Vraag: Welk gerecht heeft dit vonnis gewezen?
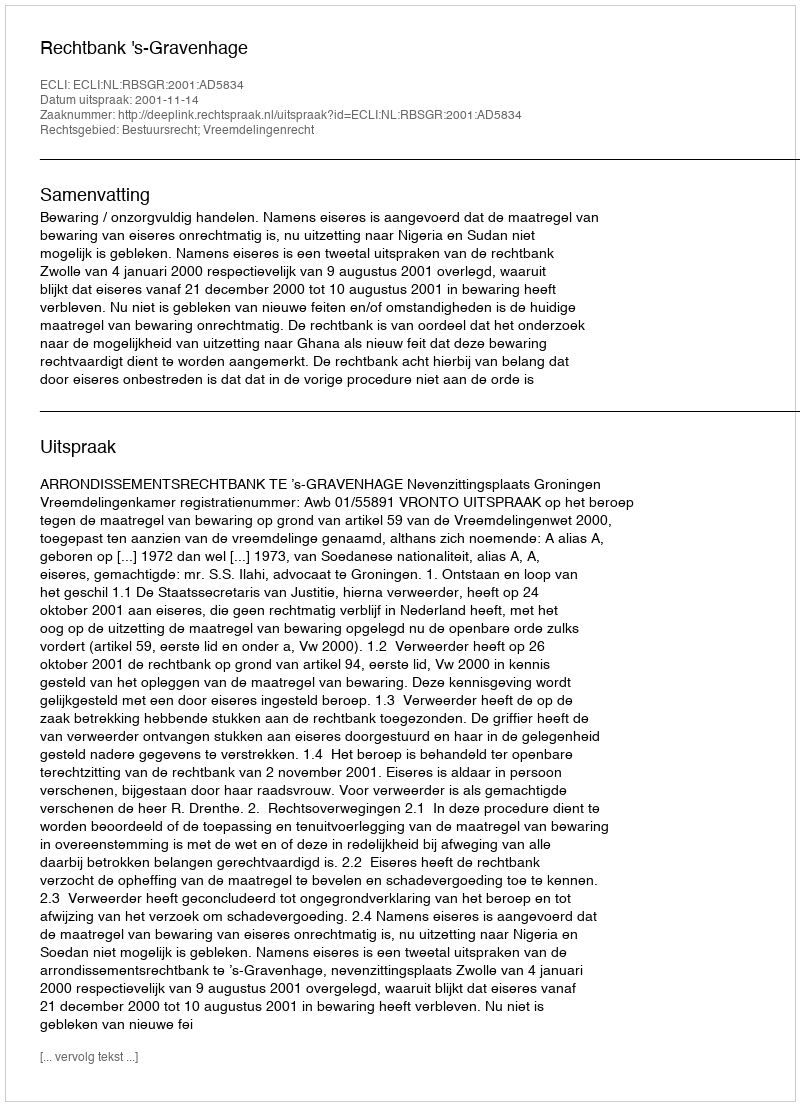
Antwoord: Rechtbank 's-Gravenhage